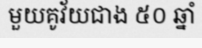
មួយគូវ័យជាង ៥០ ឆ្នាំ